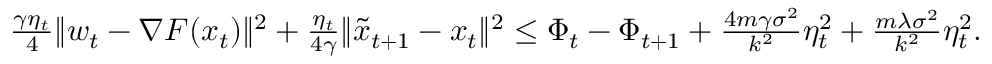
\begin{array} { r } { \frac { \gamma \eta _ { t } } { 4 } \| w _ { t } - \nabla F ( x _ { t } ) \| ^ { 2 } + \frac { \eta _ { t } } { 4 \gamma } \| \tilde { x } _ { t + 1 } - x _ { t } \| ^ { 2 } \leq \Phi _ { t } - \Phi _ { t + 1 } + \frac { 4 m \gamma \sigma ^ { 2 } } { k ^ { 2 } } \eta _ { t } ^ { 2 } + \frac { m \lambda \sigma ^ { 2 } } { k ^ { 2 } } \eta _ { t } ^ { 2 } . } \end{array}